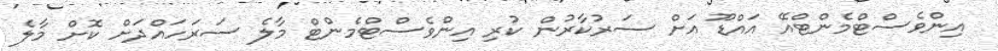
އިންވެސްޓްމެންޓްއޭ އައްޑޫ އަށް ސަރުކާރުން ކުރި އިންވެސްޓްމެންޓް މާލެ ސަރަހައްދަށް ކޮށް މާލެ